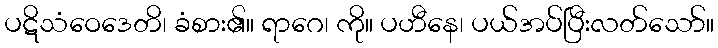
ပဋိသံဝေဒေတိ၊ ခံစား၏။ ရာဂေ၊ ကို။ ပဟီနေ၊ ပယ်အပ်ပြီးလတ်သော်။